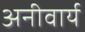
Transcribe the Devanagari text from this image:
अनीवार्य